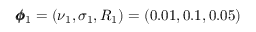
\pmb { \phi } _ { 1 } = ( \nu _ { 1 } , \sigma _ { 1 } , R _ { 1 } ) = ( 0 . 0 1 , 0 . 1 , 0 . 0 5 )